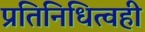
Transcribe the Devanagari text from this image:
प्रतिनिधित्वही